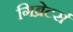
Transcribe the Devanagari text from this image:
गिब्रेटर्स